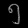
Digit: ၅